Annual administration report of the Civil Veterinary Department, Ajmere-Merwara, British Rajputana - 1914-1940
Year: 1914
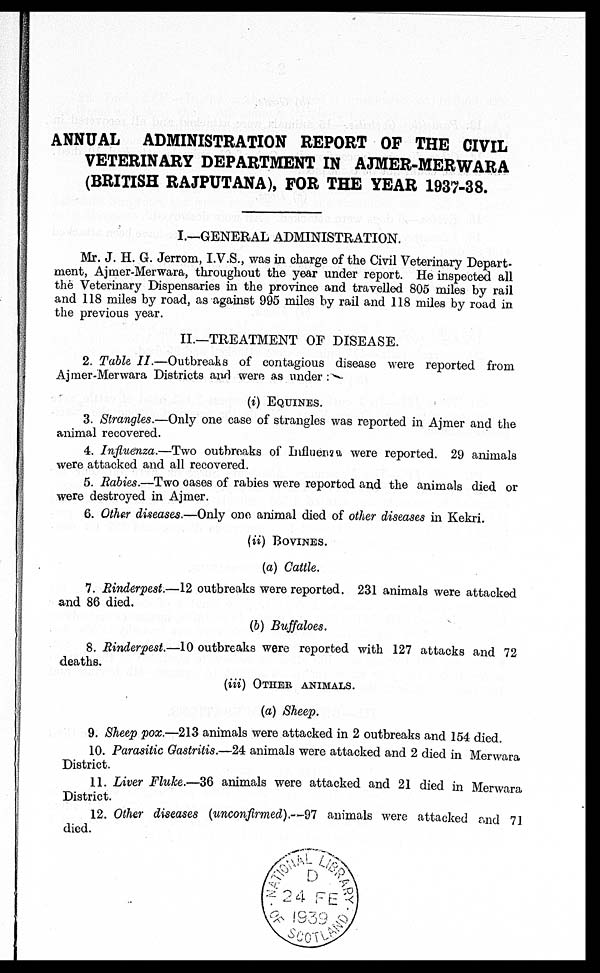
ANNUAL ADMINISTRATION REPORT OF THE CIVIL
VETERINARY DEPARTMENT IN AJMER-MERWARA
(BRITISH RAJPUTANA), FOR THE YEAR 1937-38.
I.—GENERAL ADMINISTRATION.
Mr. J. H. G. Jerrom, I.V.S., was in charge of the Civil Veterinary Depart-
ment, Ajmer-Merwara, throughout the year under report. He inspected all
the Veterinary Dispensaries in the province and travelled 805 miles by rail
and 118 miles by road , as against 995 miles by rail and 118 miles by road in
the previous year.
II.—TREATMENT OF DISEASE.
2. Table II.—Outbreaks
of contagious disease were reported from
Ajmer-Merwara Districts and were as under :
(i) EQUINES.
3. Strangles.—Only one case of strangles was reported in Ajmer and the
animal recovered.
4. Influenza.—Two outbreaks of Influema were reported. 29 animals
were attacked and all recovered.
5. Rabies.—Two oases of rabies were reported and the animals died or
were destroyed in Ajmer.
6. Other diseases.—Only one animal died of other diseases in Kekri.
(ii) BOVINES.
(a) Cattle.
7. Rinderpest.—12 outbreaks were reported. 231 animals were attacked
and 86 died.
(b) Buffaloes.
8. Rinderpest.—10 outbreaks were reported with 127 attacks and 72
deaths.
(iii) OTHER ANIMALS.
(a) Sheep.
9. Sheep pox.—213 animals were attacked in 2 outbreaks and 154 died.
10. Parasitic Gastritis.—24 animals were attacked and 2 died in Merwara
District.
11. Liver Fluke.—36 animals were attacked and 21 died in Merwara
District.
12. Other diseases (unconfirmed).—97 animals were attacked and 71
died.